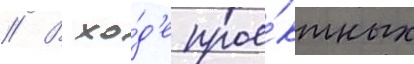
// В хо́д'е прое́ктных